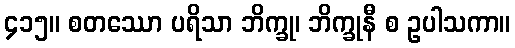
၄၁၅။ စတဿော ပရိသာ ဘိက္ခု၊ ဘိက္ခုနီ စ ဥပါသကာ။